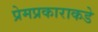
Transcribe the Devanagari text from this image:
प्रेमप्रकाराकडे